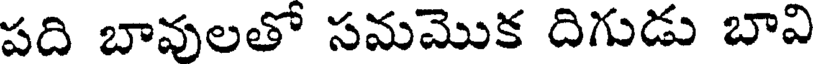
పది బావులతో సమమొక దిగుడు బావి